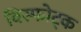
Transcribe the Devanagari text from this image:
विस्फोट्क